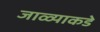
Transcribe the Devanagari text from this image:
जाळ्याकडे